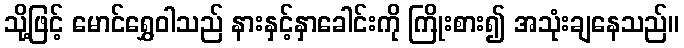
သို့ဖြင့် မောင်ရွှေဝါသည် နားနှင့်နှာခေါင်းကို ကြိုးစား၍ အသုံးချနေသည်။